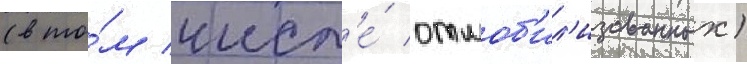
(в то́м числ'е́ отмоб'ил'изованных)